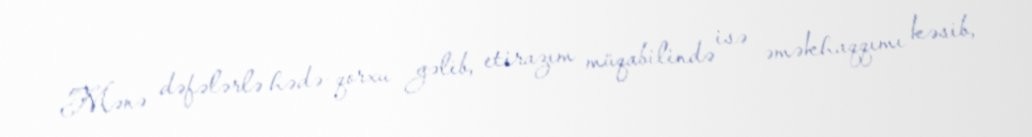
Mənə dəfələrlə hədə-qorxu gəlib, etirazım müqabilində isə əməkhaqqımı kəsib,